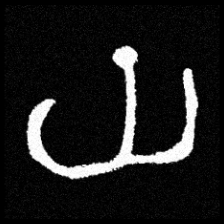
Pyu character \u2014 Myanmar letter: ယ (romanized: ya)